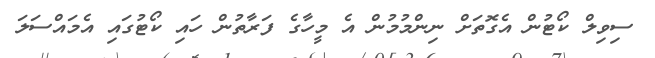
ސިވިލް ކޯޓުން އެގޮތަށް ނިންމުމުން އެ މީހާގެ ފަރާތުން ހައި ކޯޓުގައި އެމައްސަލަ